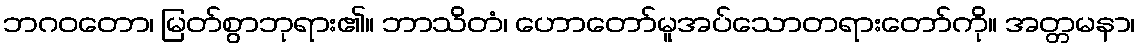
ဘဂဝတော၊ မြတ်စွာဘုရား၏။ ဘာသိတံ၊ ဟောတော်မူအပ်သောတရားတော်ကို။ အတ္တမနာ၊